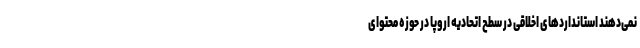
نمی‌دهند استانداردهای اخلاقی در سطح اتحادیه اروپا در حوزه محتوای